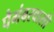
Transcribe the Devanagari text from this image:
पैगंबरवासी